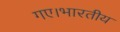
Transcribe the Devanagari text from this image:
गए।भारतीय